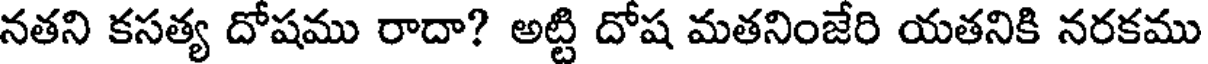
నతని కసత్య దోషము రాదా? అట్టి దోష మతనింజేరి యతనికి నరకము